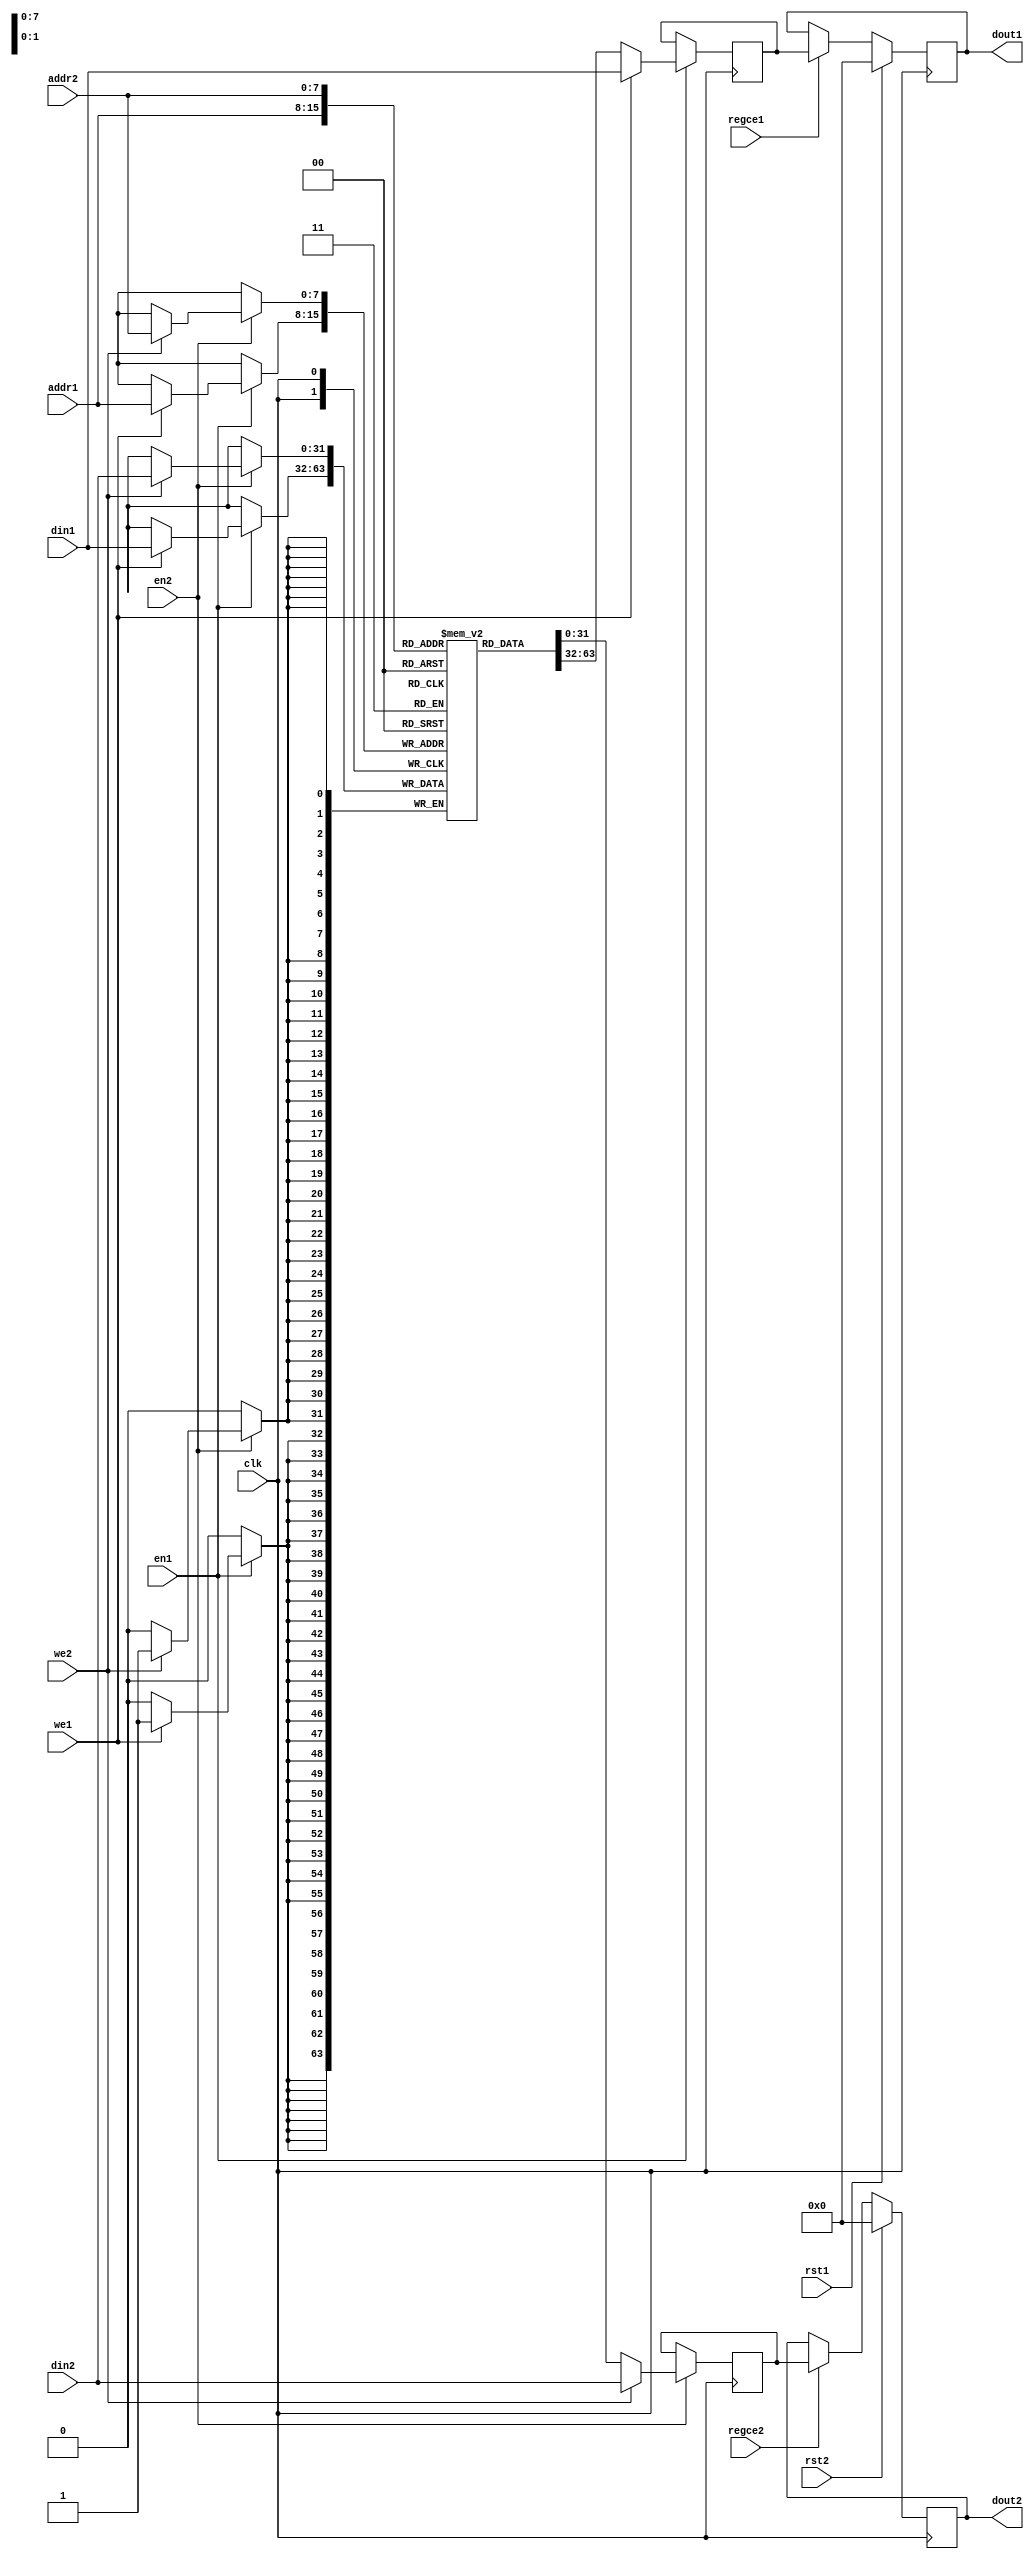
//  Xilinx True Dual Port RAM Write First Dual Clock
//  This code implements a parameterizable true dual port memory (both ports can read and write).
//  This implements write-first mode where the data being written to the RAM also resides on
//  the output port.  If the output data is not needed during writes or the last read value is
//  desired to be retained, it is suggested to use no change as it is more power efficient.
//  If a reset or enable is not necessary, it may be tied off or removed from the code.

`timescale 1 ps / 1 ps

module true_dp_bram
#(
    parameter L2_DEPTH = 8,
    parameter WIDTH = 32
)
(
    input                              clk,

    input                              we1,
    input                              en1,
    input       [L2_DEPTH-1:0]         addr1,
    input       [WIDTH-1:0]            din1,
    input                              rst1,
    input                              regce1,
    output      [WIDTH-1:0]            dout1,

    input                              we2,
    input                              en2,
    input       [L2_DEPTH-1:0]         addr2,
    input       [WIDTH-1:0]            din2,
    input                              rst2,
    input                              regce2,
    output      [WIDTH-1:0]            dout2
);

  parameter INIT_FILE = "";                       // Specify name/location of RAM initialization file if using one (leave blank if not)

//  <wire_or_reg> [clogb2(RAM_DEPTH-1)-1:0] addra;  // Port A address bus, width determined from RAM_DEPTH
//  <wire_or_reg> [clogb2(RAM_DEPTH-1)-1:0] addrb;  // Port B address bus, width determined from RAM_DEPTH
//  <wire_or_reg> [RAM_WIDTH-1:0] dina;           // Port A RAM input data
//  <wire_or_reg> [RAM_WIDTH-1:0] dinb;           // Port B RAM input data
//  <wire_or_reg> clka;                           // Port A clock
//  <wire_or_reg> clkb;                           // Port B clock
//  <wire_or_reg> wea;                            // Port A write enable
//  <wire_or_reg> web;                            // Port B write enable
//  <wire_or_reg> ena;                            // Port A RAM Enable, for additional power savings, disable port when not in use
//  <wire_or_reg> enb;                            // Port B RAM Enable, for additional power savings, disable port when not in use
//  <wire_or_reg> rsta;                           // Port A output reset (does not affect memory contents)
//  <wire_or_reg> rstb;                           // Port B output reset (does not affect memory contents)
//  <wire_or_reg> regcea;                         // Port A output register enable
//  <wire_or_reg> regceb;                         // Port B output register enable
//  wire [RAM_WIDTH-1:0] douta;                   // Port A RAM output data
//  wire [RAM_WIDTH-1:0] doutb;                   // Port B RAM output data

  localparam DEPTH = 2**L2_DEPTH;

  reg [WIDTH-1:0] RAM [DEPTH-1:0];
  reg [WIDTH-1:0] RAM_data_1 = {WIDTH{1'b0}};
  reg [WIDTH-1:0] RAM_data_2 = {WIDTH{1'b0}};

  // The following code either initializes the memory values to a specified file or to all zeros to match hardware
  generate
    if (INIT_FILE != "") begin: use_init_file
      initial
        $readmemh(INIT_FILE, RAM, 0, DEPTH-1);
    end else begin: init_bram_to_zero
      integer ram_index;
      initial
        for (ram_index = 0; ram_index < DEPTH; ram_index = ram_index + 1)
          RAM[ram_index] = {WIDTH{1'b0}};
    end
  endgenerate

  always @(posedge clk)
    if (en1)
      if (we1) begin
        RAM[addr1] <= din1;
        RAM_data_1 <= din1;
      end else
        RAM_data_1 <= RAM[addr1];

  always @(posedge clk)
    if (en2)
      if (we2) begin
        RAM[addr2] <= din2;
        RAM_data_2 <= din2;
      end else
        RAM_data_2 <= RAM[addr2];

  // The following is a 2 clock cycle read latency with improve clock-to-out timing

  reg [WIDTH-1:0] dout1_reg = {WIDTH{1'b0}};
  reg [WIDTH-1:0] dout2_reg = {WIDTH{1'b0}};

  always @(posedge clk)
    if (rst1)
      dout1_reg <= {WIDTH{1'b0}};
    else if (regce1)
      dout1_reg <= RAM_data_1;

  always @(posedge clk)
    if (rst2)
      dout2_reg <= {WIDTH{1'b0}};
    else if (regce2)
      dout2_reg <= RAM_data_2;

  assign dout1 = dout1_reg;
  assign dout2 = dout2_reg;

endmodule